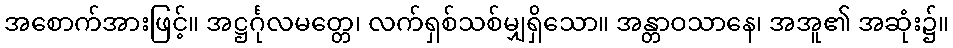
အစောက်အားဖြင့်။ အဋ္ဌင်္ဂုလမတ္တေ၊ လက်ရှစ်သစ်မျှရှိသော။ အန္တာဝသာနေ၊ အအူ၏ အဆုံး၌။